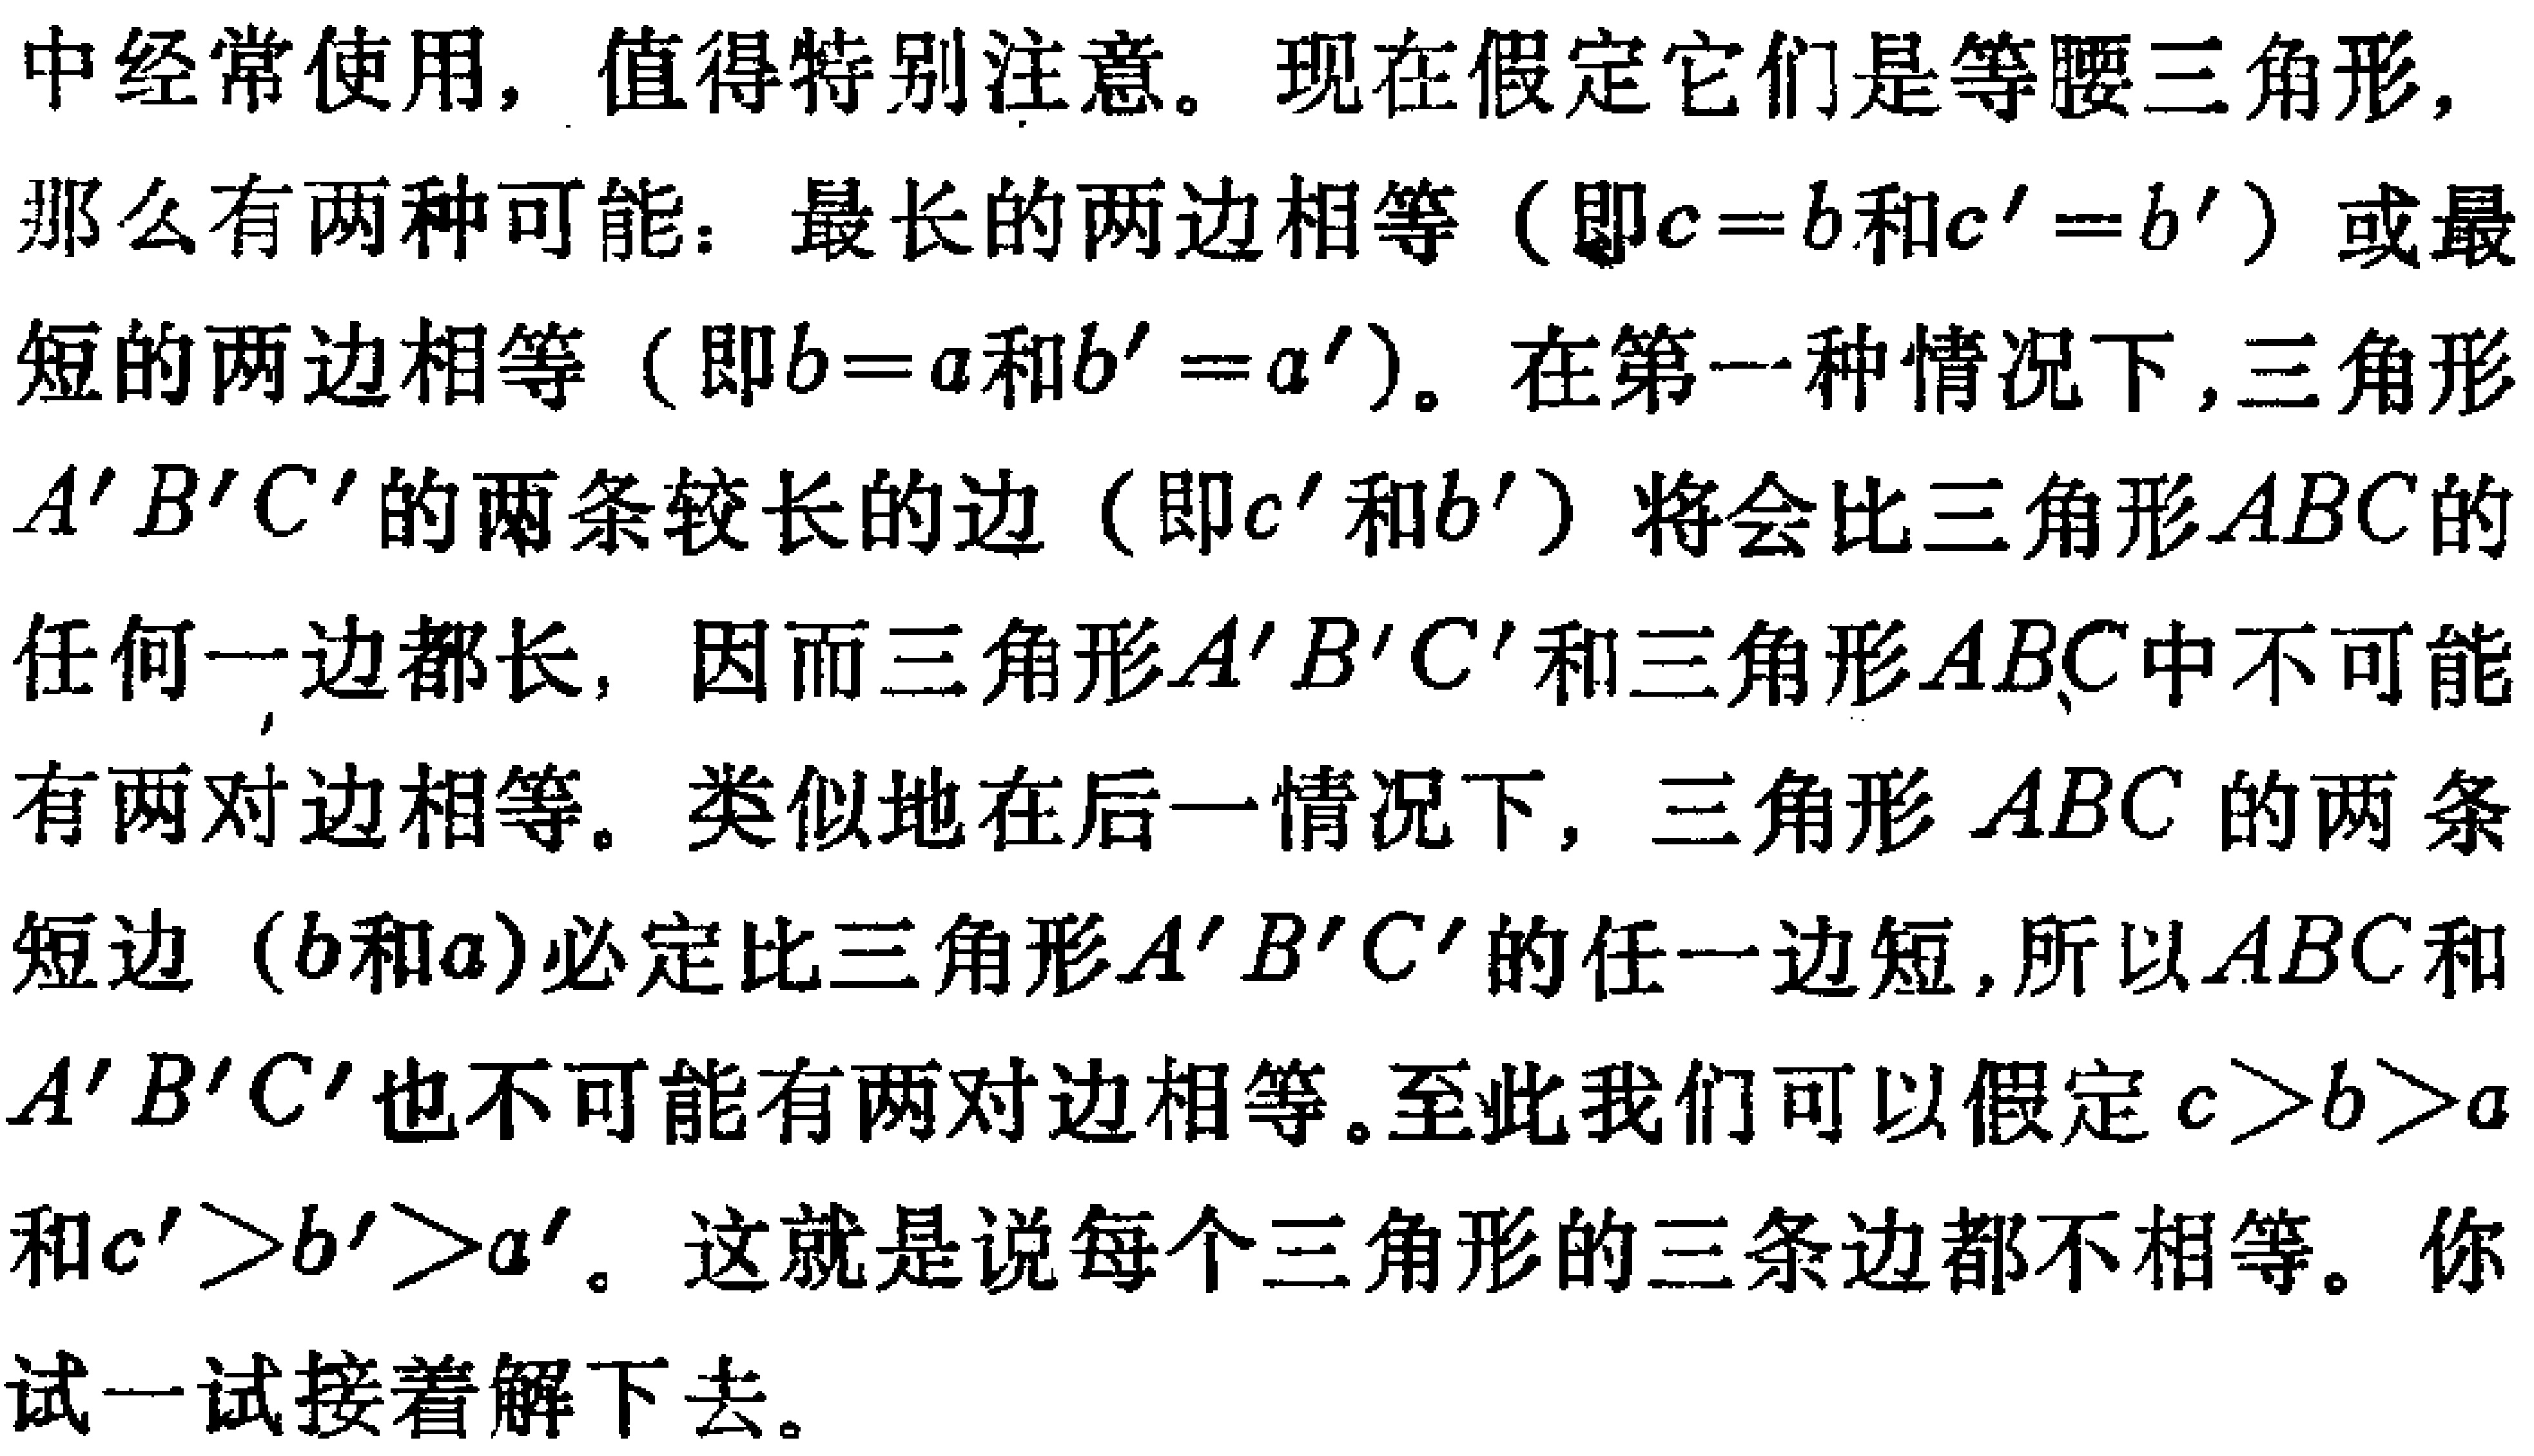
中经常使用，值得特别注意。现在假定它们是等腰三角形，

那么有两种可能：最长的两边相等（即\(c = b\)和\(c^{\prime}=b^{\prime}\)）或最

短的两边相等（即\(b = a\)和\(b^{\prime}=a^{\prime}\)）。在第一种情况下，三角形

\(A^{\prime}B^{\prime}C^{\prime}\)的两条较长的边（即\(c^{\prime}\)和\(b^{\prime}\)）将会比三角形\(ABC\)的

任何一边都长，因而三角形\(A^{\prime}B^{\prime}C^{\prime}\)和三角形\(ABC\)中不可能

有两对边相等。类似地在后一情况下，三角形 \(ABC\) 的两条

短边（\(b\)和\(a\)）必定比三角形\(A^{\prime}B^{\prime}C^{\prime}\)的任一边短，所以\(ABC\)和

\(A^{\prime}B^{\prime}C^{\prime}\)也不可能有两对边相等。至此我们可以假定 \(c>b>a\)

和\(c^{\prime}>b^{\prime}>a^{\prime}\)。这就是说每个三角形的三条边都不相等。你

试一试接着解下去。